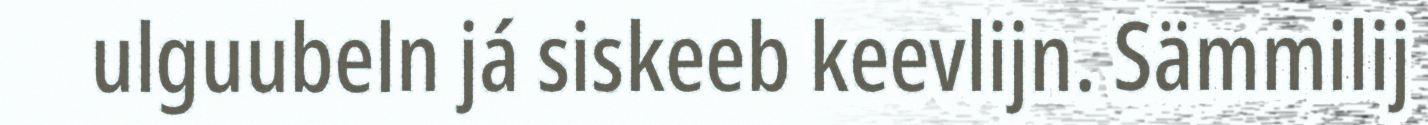
ulguubeln já siskeeb keevlijn. Sämmilij